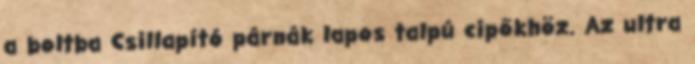
a boltba Csillapító párnák lapos talpú cipőkhöz. Az ultra